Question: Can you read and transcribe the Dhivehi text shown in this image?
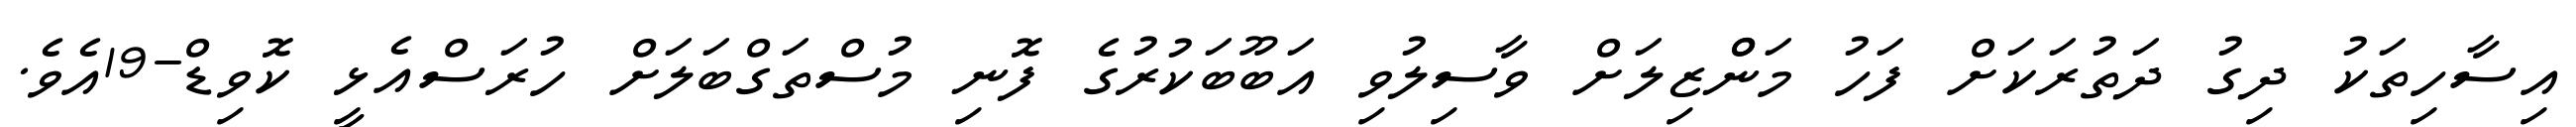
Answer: އިސާހިތަކު ދިގު ދަތުރަކަށް ފަހު މަންްޒިލަށް ވާސިލުވި އަބޫބަކުރުގެ ފޮނި މުސްތަގްބަލަށް ހުރަސްއެޅީ ކޮވިޑް-19އެވެ.